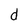
Character: d